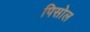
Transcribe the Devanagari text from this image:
पिसोल